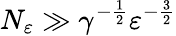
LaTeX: N_{\varepsilon}\gg\gamma^{-\frac 12}\varepsilon^{-\frac 32}